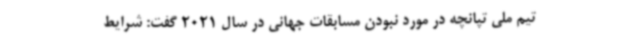
تیم ملی تپانچه در مورد نبودن مسابقات جهانی در سال 2021 گفت: شرایط